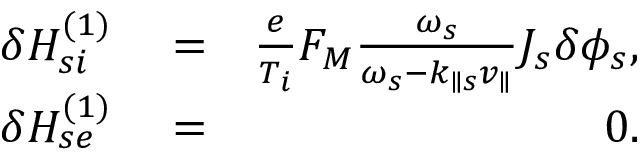
\begin{array} { r l r } { \delta H _ { s i } ^ { ( 1 ) } } & { { } = } & { \frac { e } { T _ { i } } F _ { M } \frac { \omega _ { s } } { \omega _ { s } - k _ { \parallel s } v _ { \parallel } } J _ { s } \delta \phi _ { s } , } \\ { \delta H _ { s e } ^ { ( 1 ) } } & { { } = } & { 0 . } \end{array}